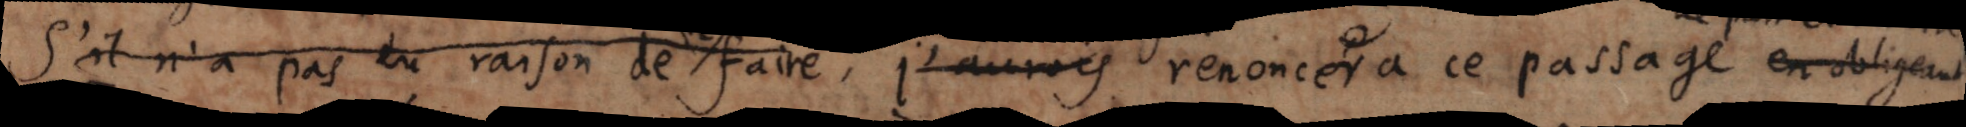
s’il n’a pas eu raison de faire, j’aurroy renoncer a ce passage en obligent